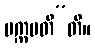
ပက္ကမတီ”တိ။